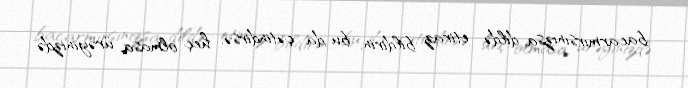
bacarmırsınızsa, dildə etiraz bildirin, bu da çətindirsə, heç olmasa, ürəyinizdə